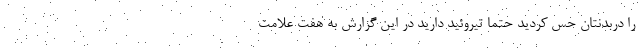
را دربدنتان حس کردید حتما تیروئید دارید در این گزارش به هفت علامت